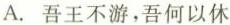
A.吾王不游，吾何以休